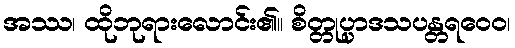
အဿ၊ ထိုဘုရားလောင်း၏။ စိတ္တုပ္ပာဒသပန္တရဝေဝ၊